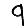
Digit: 9